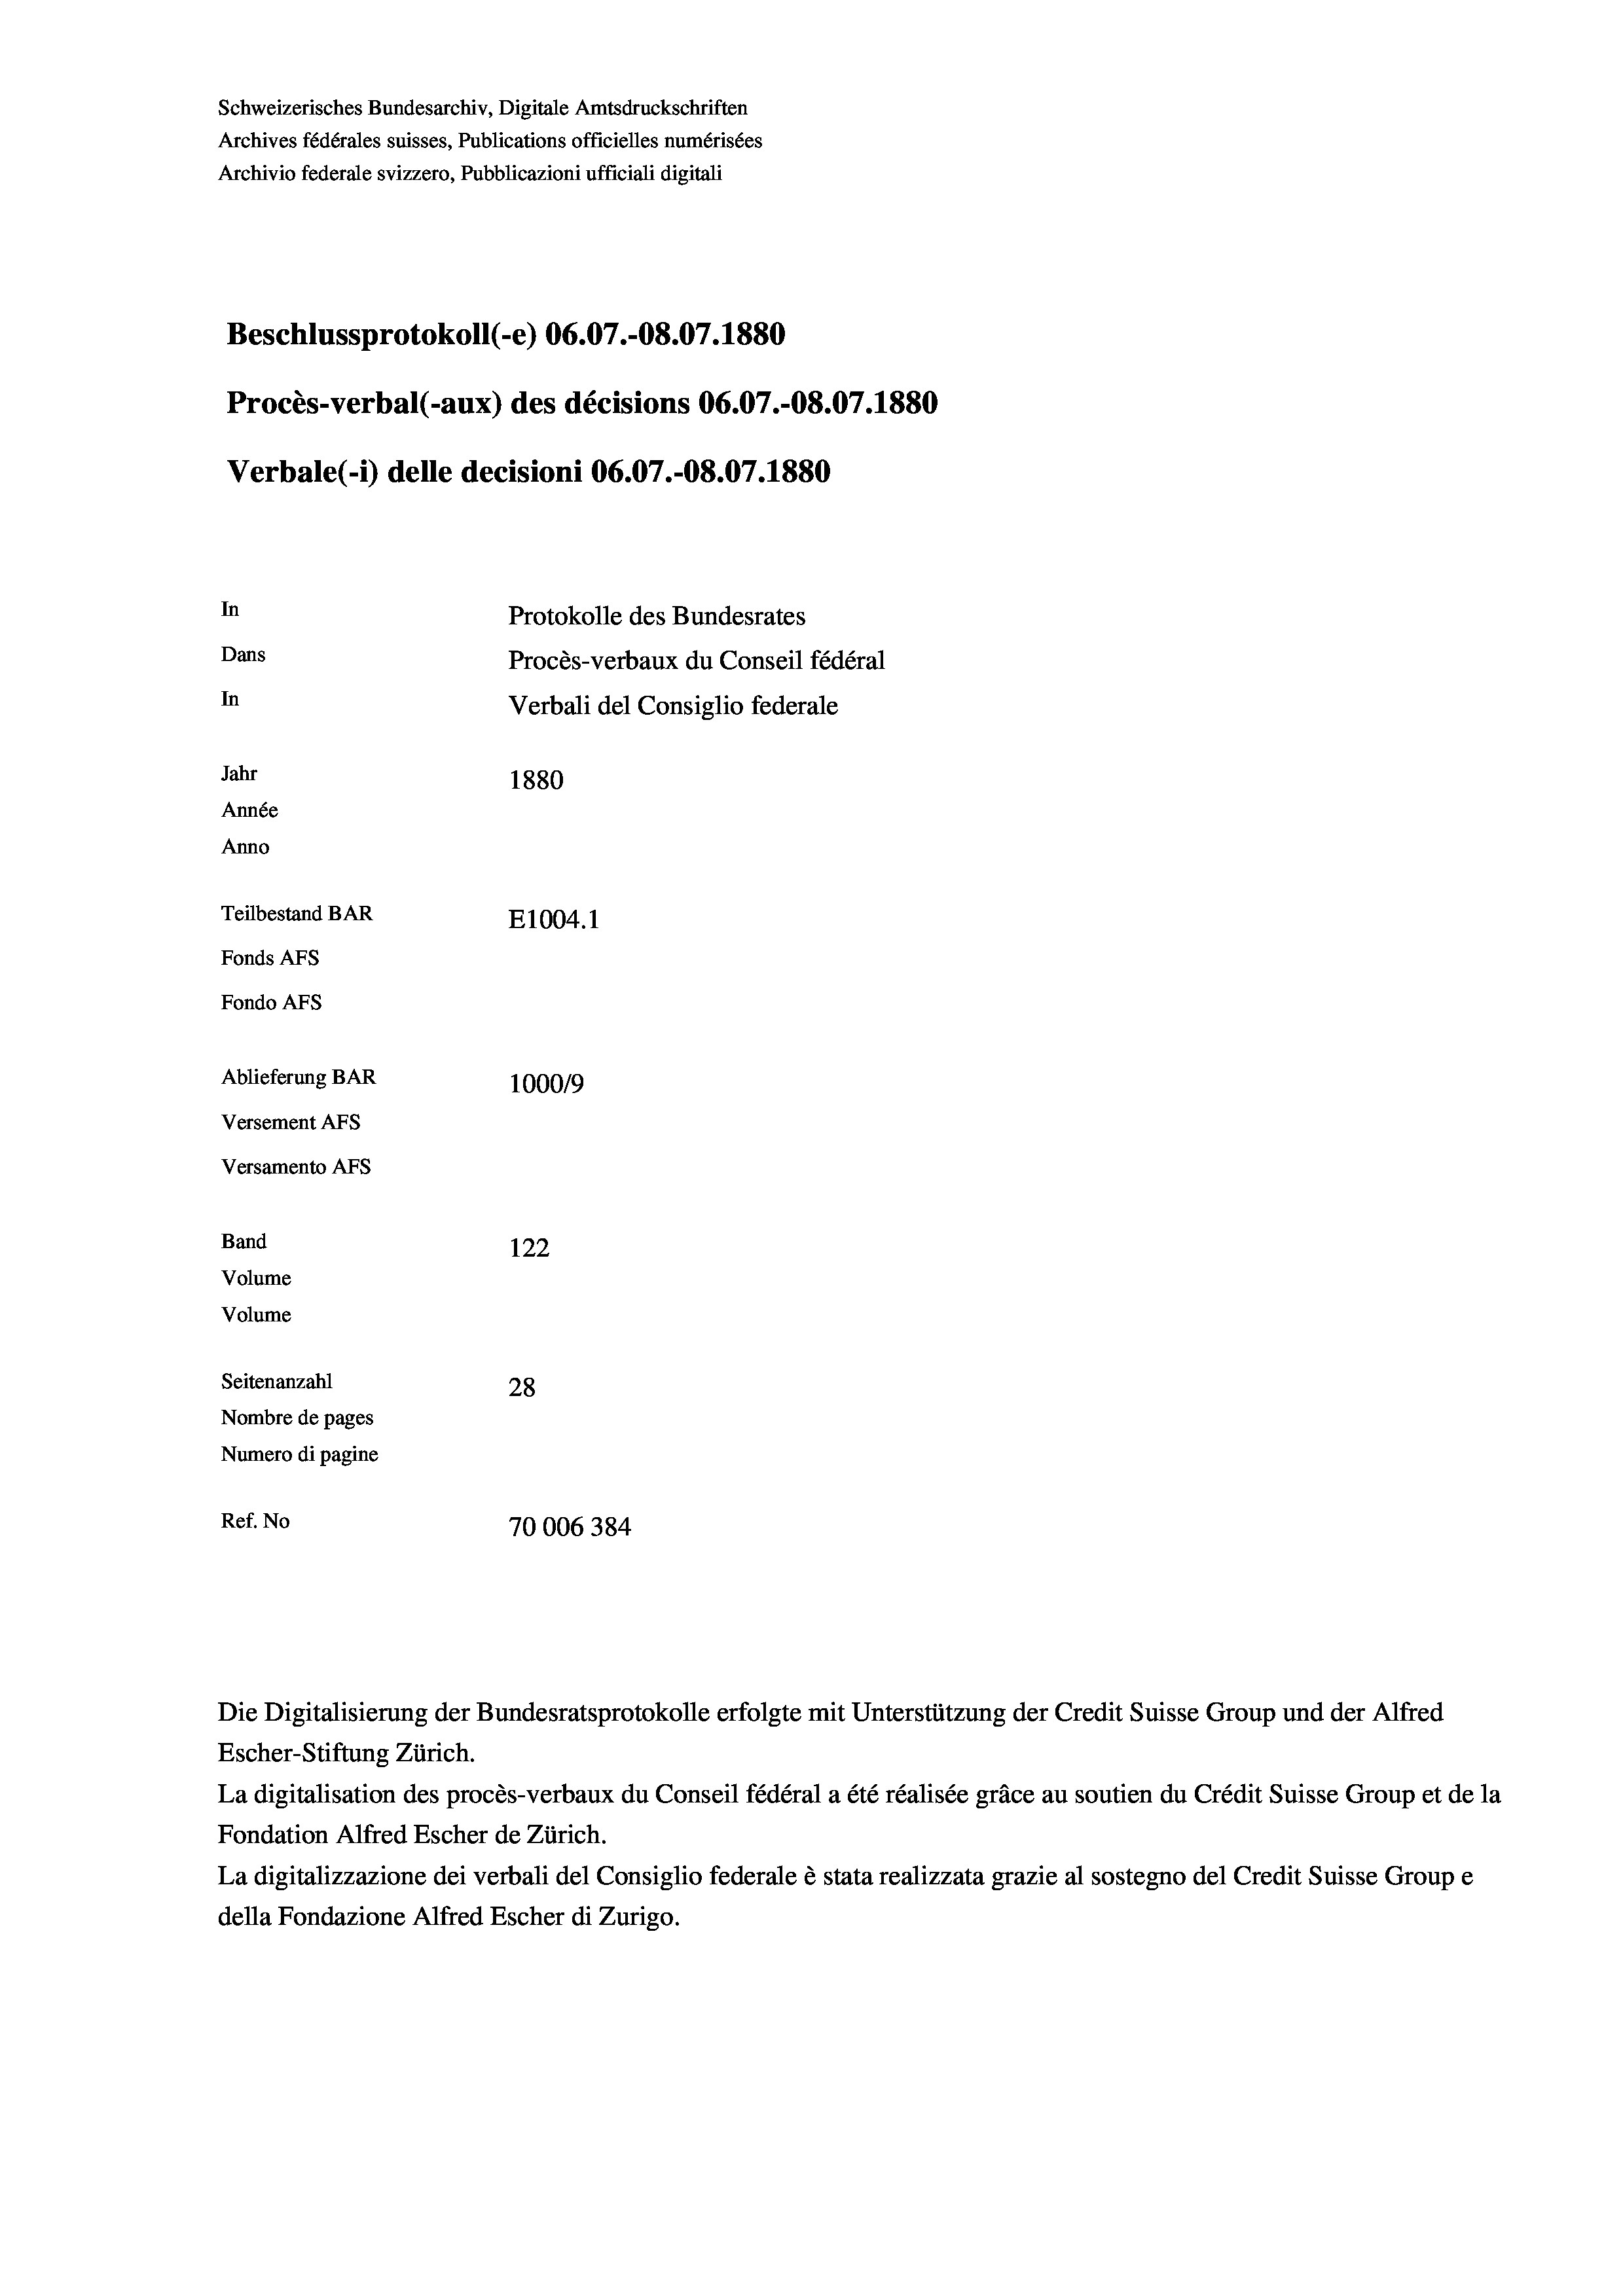
Schweizerisches Bundesarchiv, Digitale Amtsdruckschriften
Archives fédérales suisses, Publications officielles numérisées
Archivio federale svizzero, Pubblicazioni ufficiali digitali
Beschlussprotokoll (-e) 06.07.-O8.07. 1880
Procès-verbal (-aux) des décisions 06.07.-O8.07.1880
Verbale(-*) delle decisioni 06.07.-O8.07.1880
In
Protokolle des Bundesrates
Dans
Procès-verbaux du Conseil fédéral
In
Verbali del Consiglio federale
Jahr
1880
Année
Anno
Teilbestand BAR
E1004.1
Fonds AFs
Fondo AFS
Ablieferung BAR
100019
Versement AFs
Versamento Afs
Band
122
Volume
Volume
Seitenanzahl
28
Nombre de pages
Numero di pagine
Ref. No
70006384

Escher-Stiftung Zürich.
La digitalisation des procès-verbaux du Conseil fédéral a été réalisée gräce au soutien du Crédit Suisse Group et de la
Fondation Alfred Escher de Zürich.
La digitalizzazione dei verbali del Consiglio federale è stata realizzata grazie al sostegno del Credit Suisse Groupe
della Fondazione Alfred Escher di Zurigo.

Die Digitalisierung der Bundesratsprotokolle erfolgte mit Unterstützung der Credit Suisse Group und der Alfred